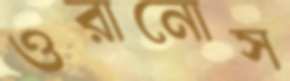
ওরানোস